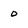
Character: 0